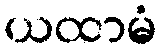
ယထာမံ